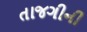
તાજગીની